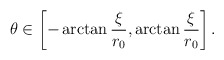
\begin{align*}\theta\in\left[-\arctan{\xi\over r_0}, \arctan{\xi\over r_0}\right].\end{align*}